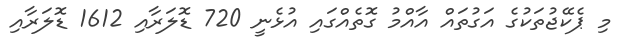
މި ޕެކޭޖުތަކުގެ އަގުތައް އާއްމު ގޮތެއްގައި އުޅެނީ 720 ޑޮލަރާއި 1612 ޑޮލަރާއި